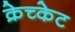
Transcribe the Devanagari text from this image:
क्रेच्केट